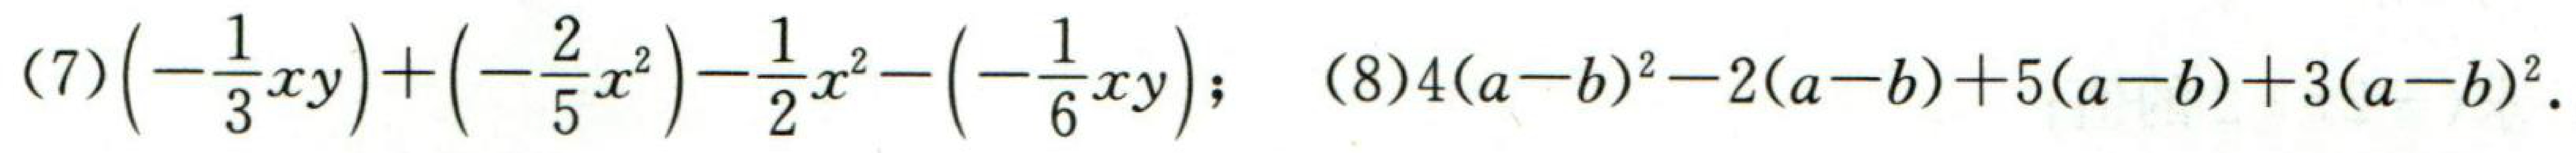
(7)\(\left(-\dfrac{1}{3}xy\right)+\left(-\dfrac{2}{5}x^{2}\right)-\dfrac{1}{2}x^{2}-\left(-\dfrac{1}{6}xy\right);\)
(8)\(4(a - b)^{2}-2(a - b)+5(a - b)+3(a - b)^{2}.\)